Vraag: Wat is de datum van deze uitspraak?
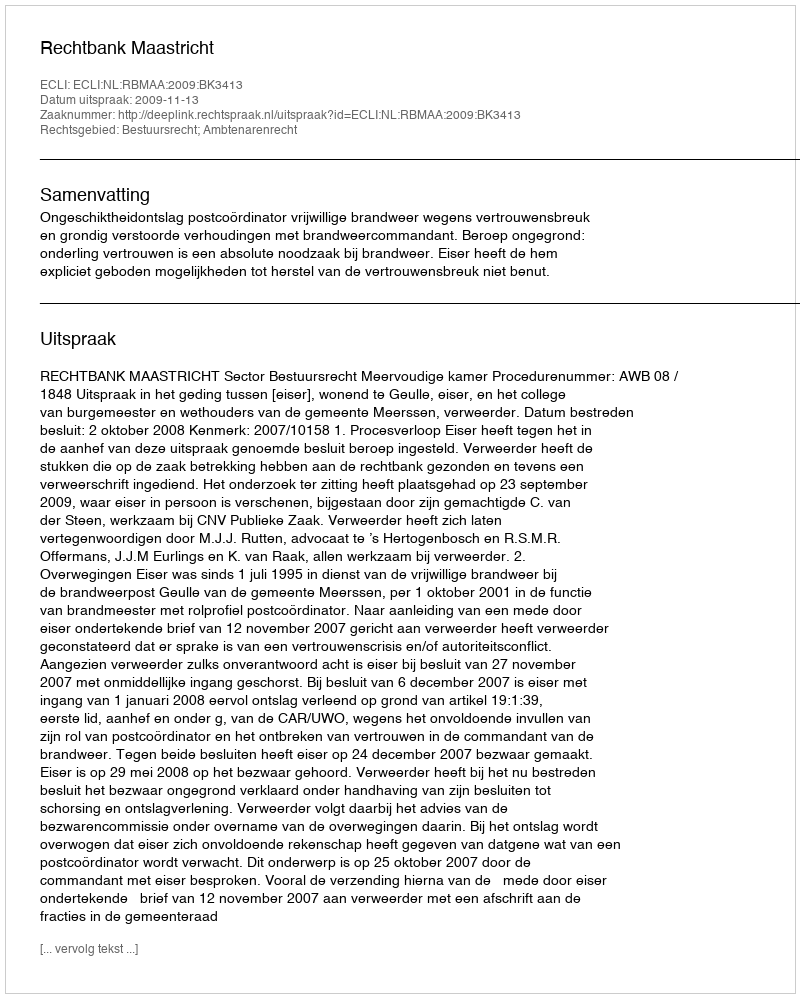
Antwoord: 2009-11-13